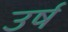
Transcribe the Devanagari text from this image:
उर्ष